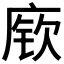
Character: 𫷷